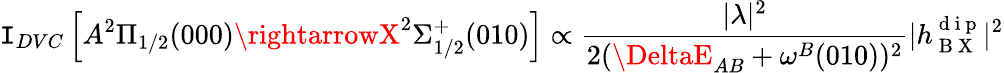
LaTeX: \mathtt{I}_{DVC}\left[A^{2}\Pi_{1/2}(000)\rightarrowX^{2}\Sigma_{1/2}^{+}(010)\right]\propto\frac{{|\lambda|^{2}}}{{2(\DeltaE_{AB}+\omega^{B}(010))^{2}}}|h_{\mathrm{{~B~X~}}}^{\mathrm{{~d~i~p~}}}|^{2}